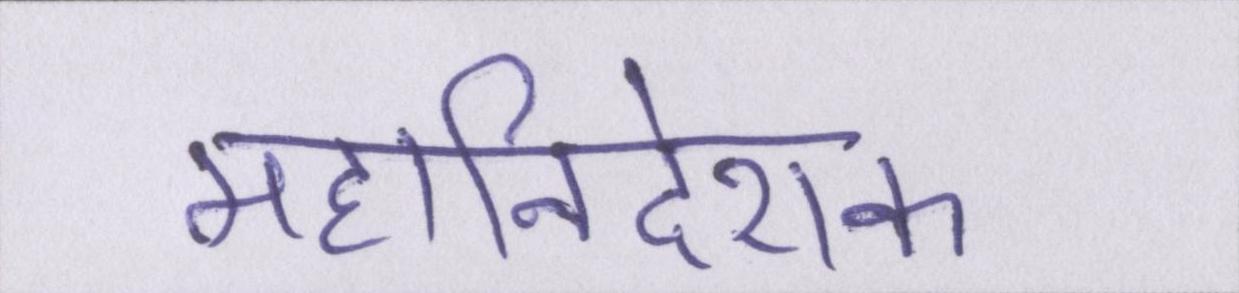
महानिदेशक